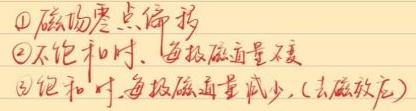
\textcircled{1}磁励零点偏移
\textcircled{2}不饱和时、每极磁通量不变
\textcircled{3}饱和时，每极磁通量减少（去磁效应）